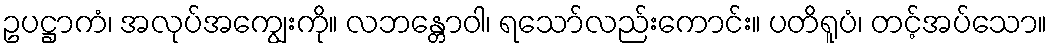
ဥပဋ္ဌာကံ၊ အလုပ်အကျွေးကို။ လဘန္တောဝါ၊ ရသော်လည်းကောင်း။ ပတိရူပံ၊ တင့်အပ်သော။